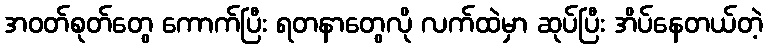
အဝတ်စုတ်တွေ ကောက်ပြီး ရတနာတွေလို လက်ထဲမှာ ဆုပ်ပြီး အိပ်နေတယ်တဲ့